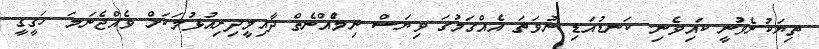
ތިޔަކުރެވުނީ ކައިވެނި. ކަނޑުއަޑި ނުވަތަ އެއްގަމުގަ ވިޔަސް ނިމުެއްނެތް ދާއިމީދިރިއުޅުމަކަށް ވެއްޖެނަމަަ ހަގީގީ